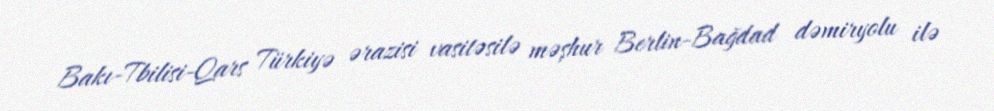
Bakı-Tbilisi-Qars Türkiyə ərazisi vasitəsilə məşhur Berlin-Bağdad dəmiryolu ilə